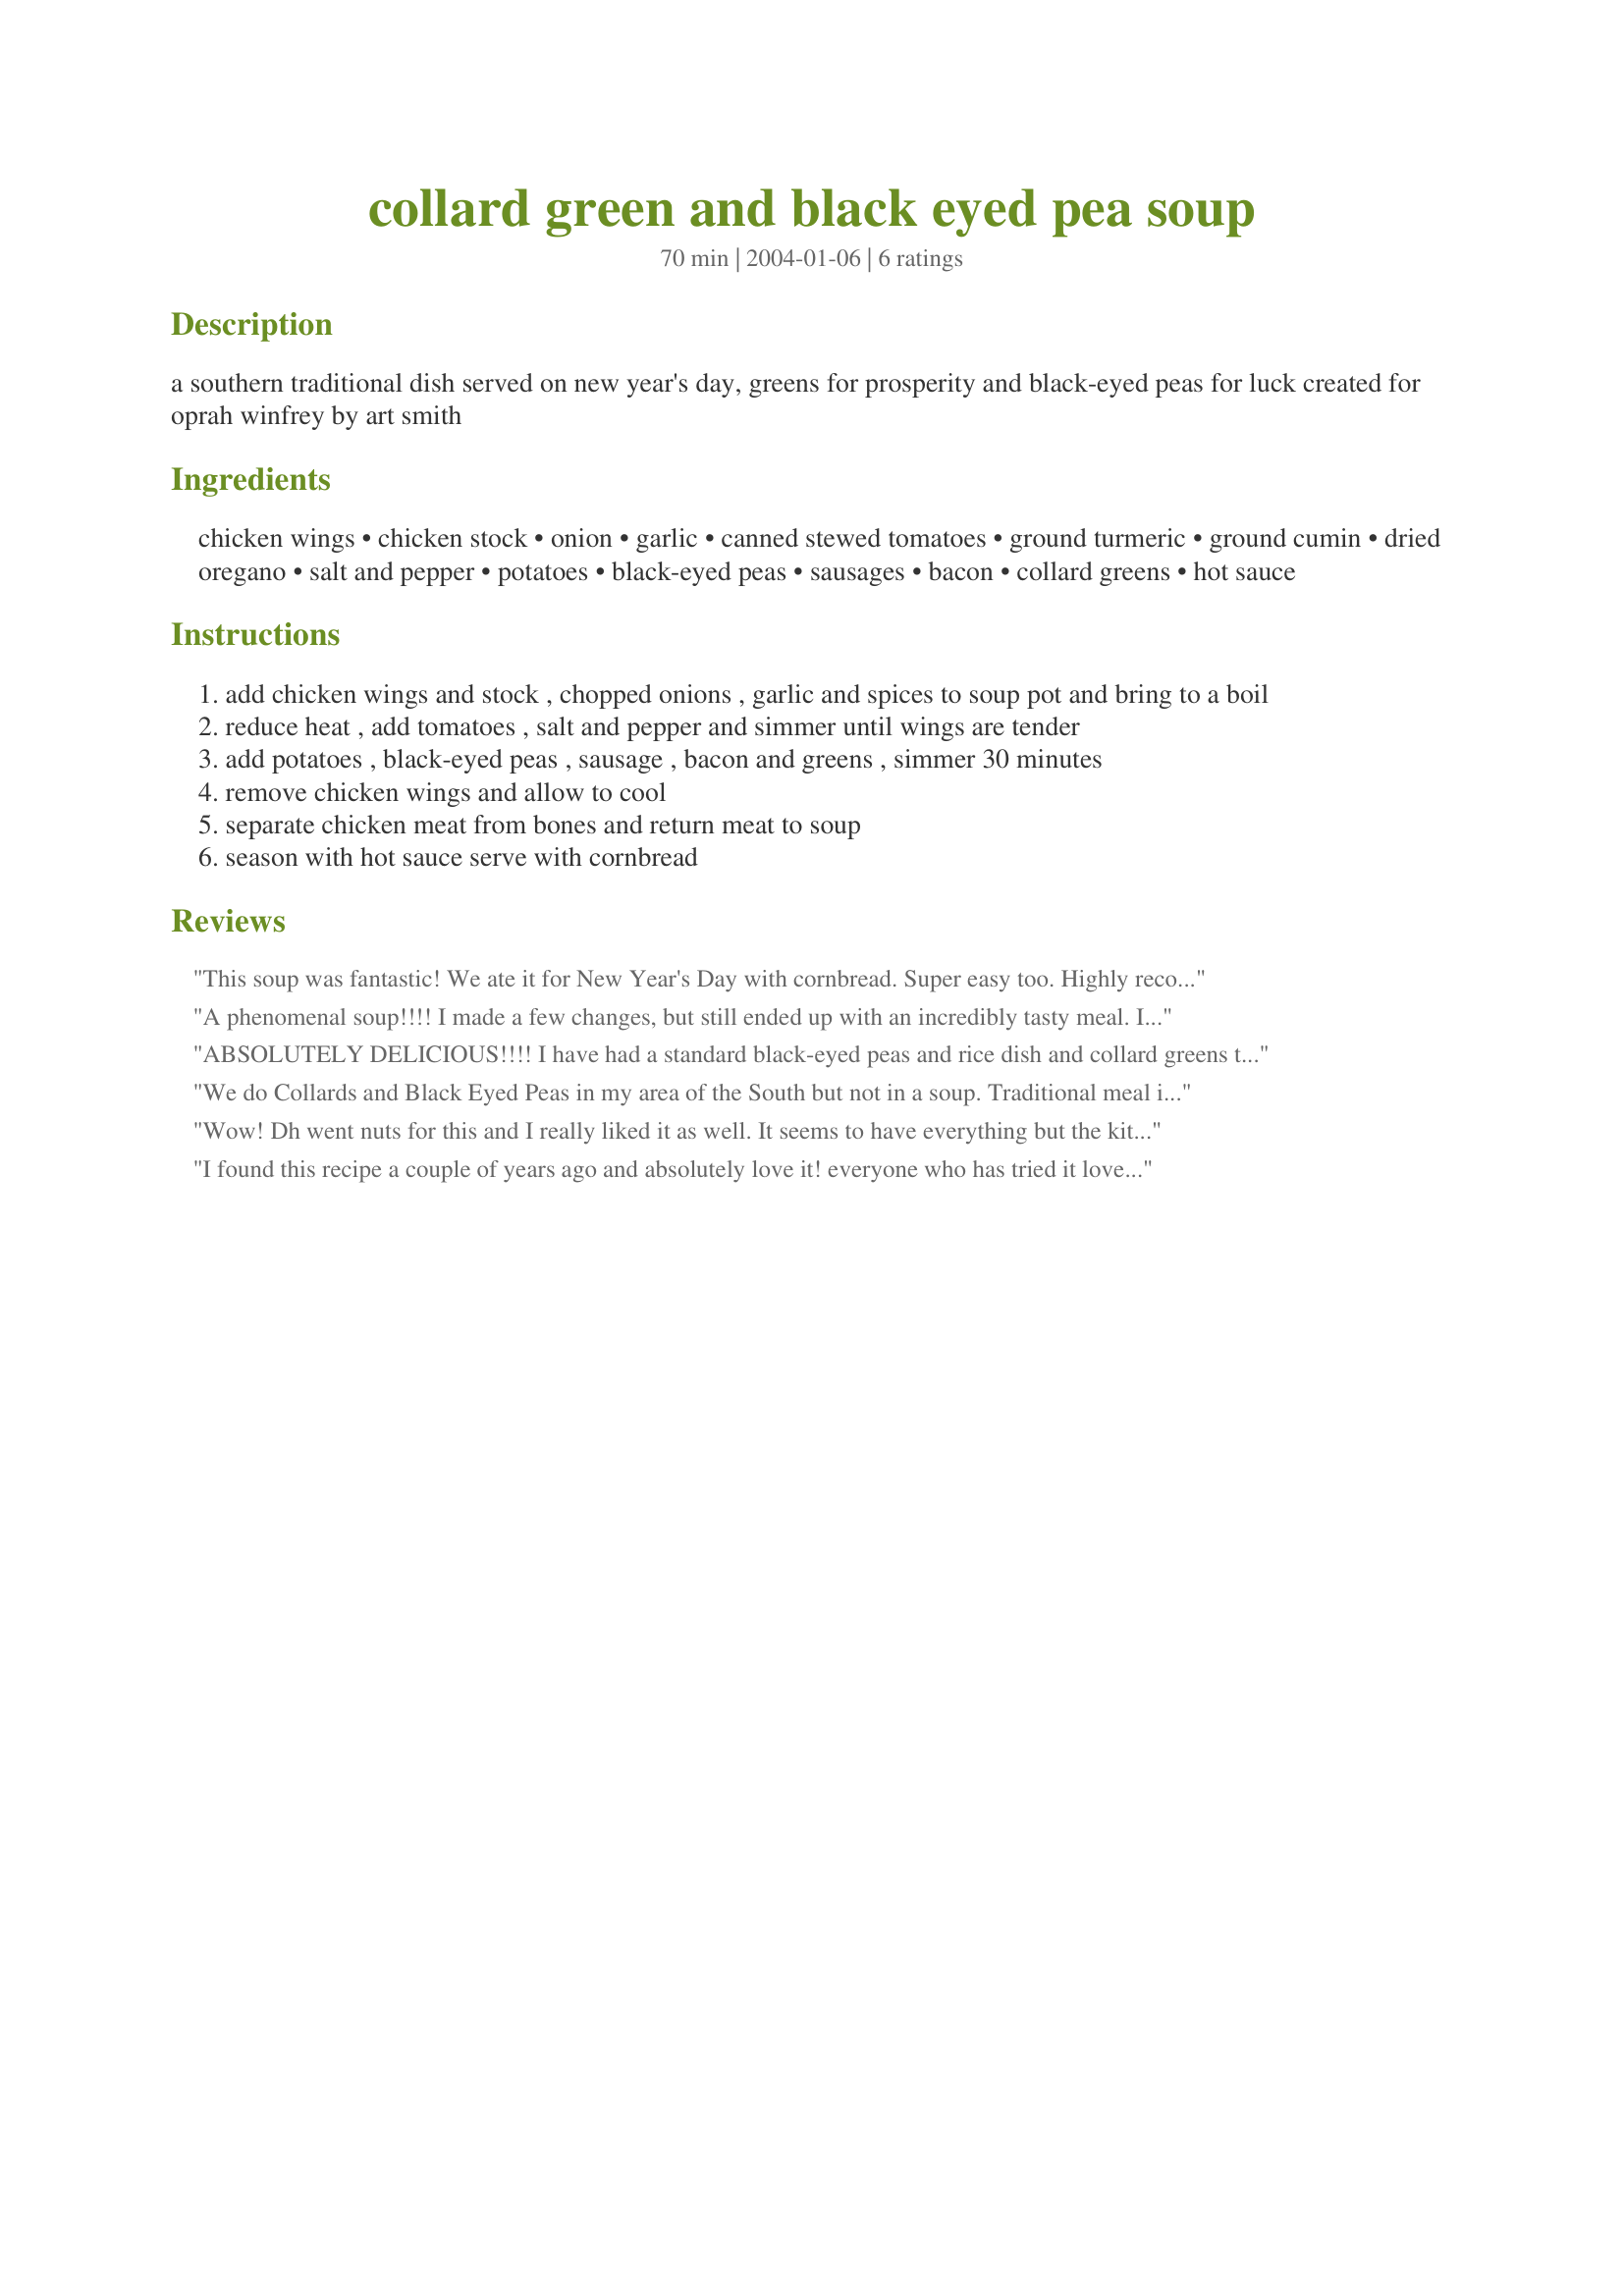
collard green and black eyed pea soup
Preparation time: 70 minutes

a southern traditional dish served on new year's day, greens for prosperity and black-eyed peas for luck created for oprah winfrey by art smith

Ingredients:
chicken wings, chicken stock, onion, garlic, canned stewed tomatoes, ground turmeric, ground cumin, dried oregano, salt and pepper, potatoes, black-eyed peas, sausages, bacon, collard greens, hot sauce

Steps:
add chicken wings and stock , chopped onions , garlic and spices to soup pot and bring to a boil
reduce heat , add tomatoes , salt and pepper and simmer until wings are tender
add potatoes , black-eyed peas , sausage , bacon and greens , simmer 30 minutes
remove chicken wings and allow to cool
separate chicken meat from bones and return meat to soup
season with hot sauce serve with cornbread

Reviews:
This soup was fantastic! We ate it for New Year's Day with cornbread. Super easy too. Highly recommended.
A phenomenal soup!!!! I made a few changes, but still ended up with an incredibly tasty meal. Instead of chicken wings, I used two split chicken breast halves (with skin and bones). For the sausage, I used regular Italian sausage and for the collards, I used some curly kale that I had in the refrigerator. This was a huge hit with friends and family and will definitely be made again! Thanks for sharing this keeper!
ABSOLUTELY DELICIOUS!!!! I have had a standard black-eyed peas and rice dish and collard greens that I have made over many years that everyone request. I made this dish and everyone forgot about my old dish. It is absolutely fantastic. I will definitely be making this throughout the years to come. Thank you for such a wonderful tasty dish. The only thing I did differently was to add some cooked white rice at the end instead of potatoes because I forgot to get potatoes. I don't think you can go wrong with this. I used lite kielbasa sausages. The seasonings were perfect. It actually seemed more like a gumbo than a soup. Fantastic dish!! I'M IN LOVE!!!
We do Collards and Black Eyed Peas in my area of the South but not in a soup. Traditional meal is cooked collards, boiled peas, and corn bread. The collards stand for the money, as in bills you will get, and peas are the change. The soup sounds interesting though.
Wow! Dh went nuts for this and I really liked it as well. It seems to have everything but the kitchen sink in it but is the perfect blend of colors, tastes and textures. I used a blend of chicken andouille and chicken chipotle sausages. I made it up two days before New Years Day and had no cooking to do on the holiday itself beyond warming the soup/stew. I think it was even better than the day of making it. A great meal any day of the year.
I found this recipe a couple of years ago and absolutely love it! everyone who has tried it loves it including my picky daughter. I never make it with the potatoes since I serve it with cornbread (too many carbs) and I use dried beans and stick it in the crock pot for a couple of hours. the chicken comes off the bones so easy and the beans are done too. Thanks for a great dish!
